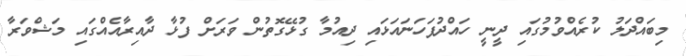
މިބައްދަލު ކުރެއްވުމުގައި ދީނީ ހައްދުފަހަނައަޅައި ދިއުމާ ގުޅޭގޮތުން ވަރަށް ފުޅާ ދާއިރާއެއްގައި މަޝްވަރާ